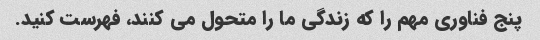
پنج فناوری مهم را که زندگی ما را متحول می کنند، فهرست کنید.